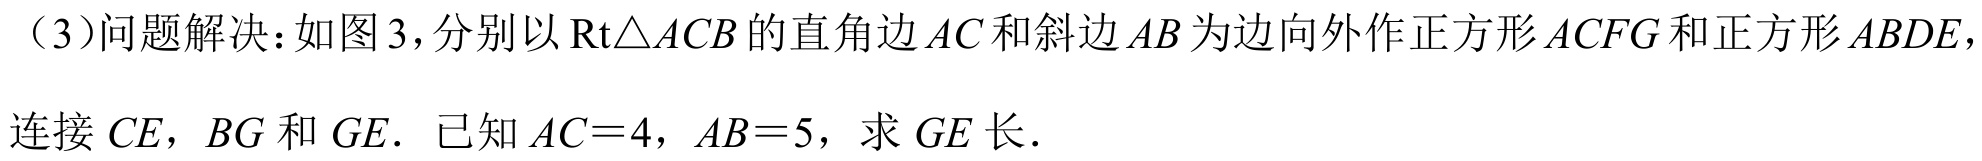
（3）问题解决：如图3，分别以$\text{Rt}\triangle ACB$的直角边$AC$和斜边$AB$为边向外作正方形$ACFG$和正方形$ABDE$，
连接$CE$，$BG$和$GE$．已知$AC = 4$，$AB = 5$，求$GE$长．